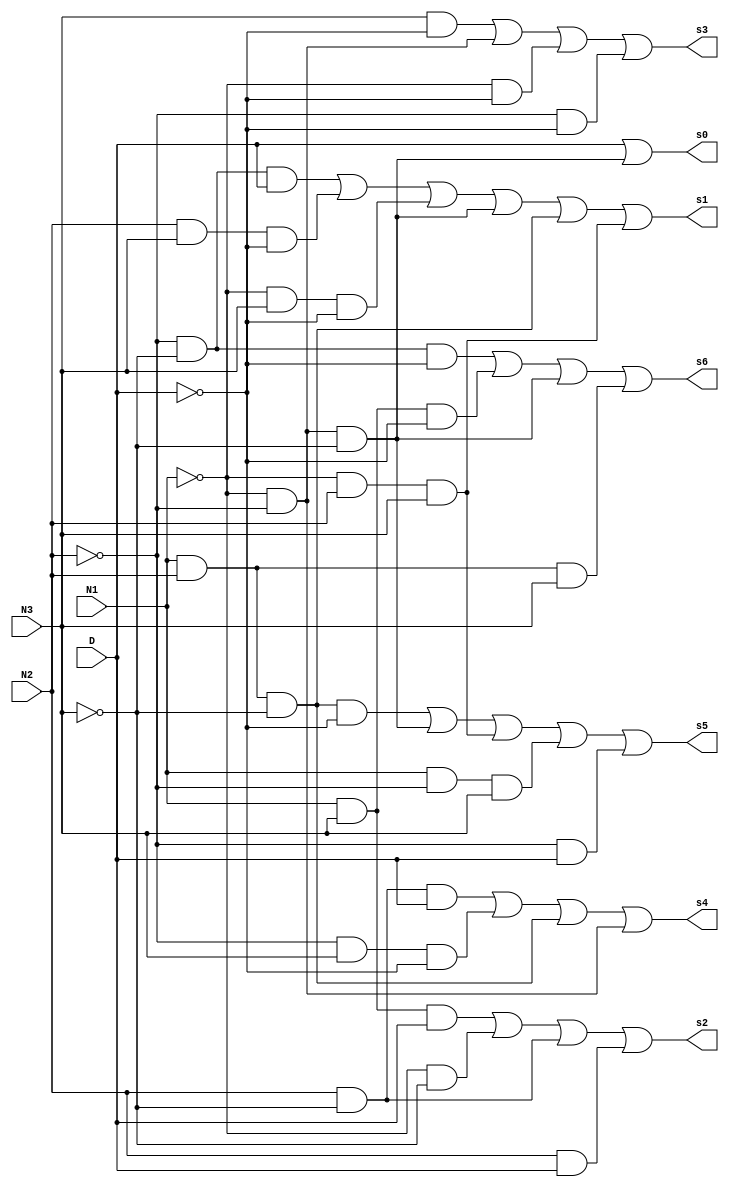
module Circuito_topo(D, N1, N2, N3, s0, s1, s2, s3, s4, s5, s6);
	input wire D;
	input wire N1, N2, N3;
	output reg s0, s1, s2, s3, s4, s5, s6;
	
	always @ ( * )
	begin
		s6 = (~N2 & ~N3 & ~D) | (N1 & N3 & ~D) | (~N1 & ~N2 & ~N3) | (N1 & N2 & N3);
		s5 = (N1 & N2 & ~N3 & ~D) | (~N1 & ~N2 & ~N3) | (~N1 & N2 & N3) | (N1 & ~N2 & N3) | (~N2 & D);
		s4 = (N2 & ~N3 & D) | (~N2 & N3 & ~D) | (N1 & N2 & ~N3) | (~N1 & ~N2);
		s3 = (N3 & ~D) | (~N1 & ~N2) | (~N1 & ~D) | (~N2 & ~D);
		s2 = (N1 & N3 & D) | (~N1 & ~N3) | (N2 & ~N3) | (N2 & D);
		s1 = (~N2 & ~N3 & D) | (N2 & N3 & ~D) | (~N1 & N3 & ~D) | (~N1 & ~N2 & ~N3) | (N1 & N2 & ~N3) | (~N1 & N2 & N3);
		s0 = D | (~N1 & ~N2 & ~N3);
	end
	
endmodule